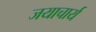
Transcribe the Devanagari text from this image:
जयाचार्य